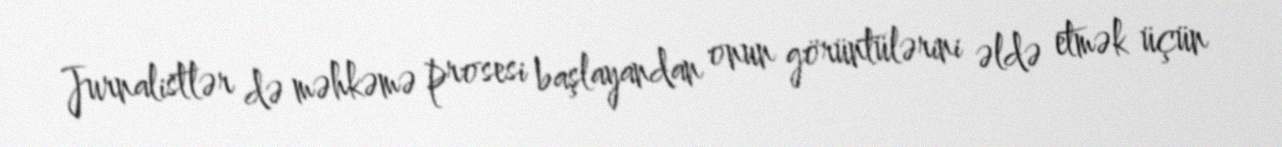
Jurnalistlər də məhkəmə prosesi başlayandan onun görüntülərini əldə etmək üçün